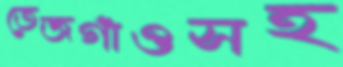
তেজগাঁওসহ